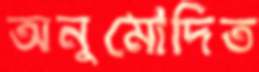
অনুমোদিত